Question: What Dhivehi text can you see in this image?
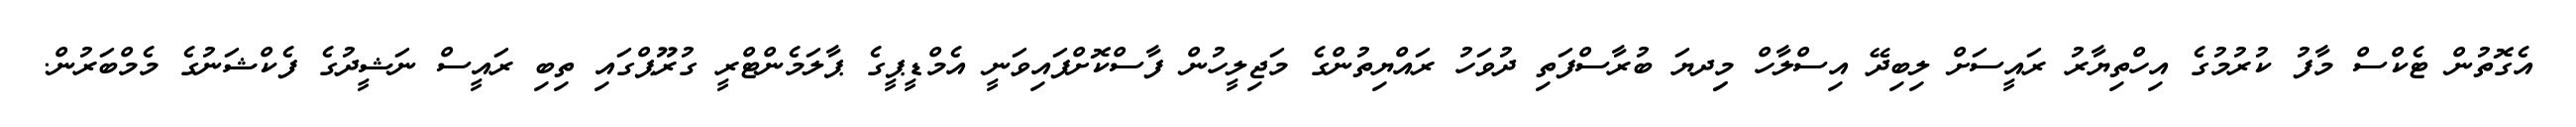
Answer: އެގޮތުން ޓެކްސް މާފު ކުރުމުގެ އިހްތިޔާރު ރައީސަށް ލިބިދޭ އިސްލާހް މިިދޔަ ބުރާސްފަތި ދުވަހު ރައްޔިތުންގެ މަޖިލީހުން ފާސްކޮށްފައިވަނީ އެމްޑީޕީގެ ޕާލަމެންޓްރީ ގުރޫޕްގައި ތިބި ރައީސް ނަޝީދުގެ ފެކްޝަނުގެ މެމްބަރުން.